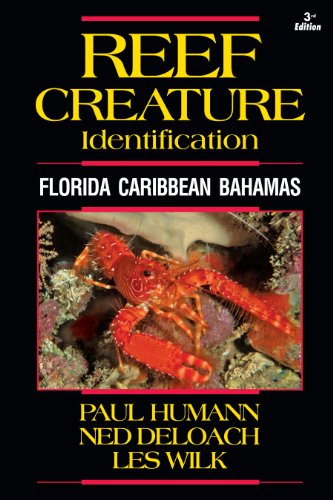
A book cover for Reef Creature Identification: Florida Caribbean Bahamas 3rd Edition (Reef Set) (Reef Set (New World)); Paul Humann; Science & Math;